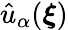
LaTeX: \hat{u}_{\alpha}(\boldsymbol{\xi})